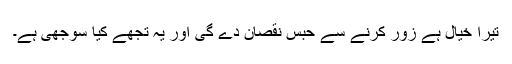
تیرا خیال ہے زور کرنے سے حبس نقصان دے گی اور یہ تجھے کیا سوجھی ہے۔